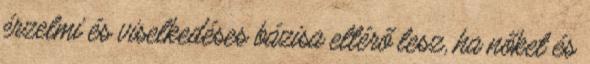
érzelmi és viselkedéses bázisa eltérő lesz, ha nőket és